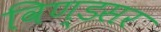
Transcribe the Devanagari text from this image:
विण्डसर